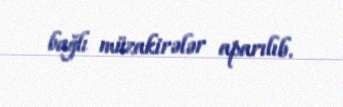
bağlı müzakirələr aparılıb.